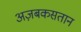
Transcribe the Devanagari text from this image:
अज़बकसतान